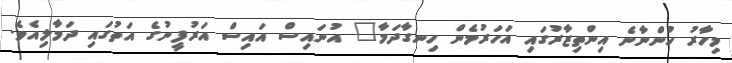
މިހާރު ހުންނާނެ އިންތިޒާރުގައި އަހަރުމެން ހިނގާދަމާ" އުނައިސް އައިސް އަރުފީނުގެ އަތުގައި ދަމާލިއެވެ.